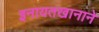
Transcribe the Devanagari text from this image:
इनायतखानाने